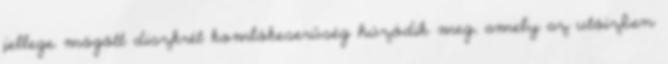
jellege mögött diszkrét komlókeserűség húzódik meg, amely az utóízben